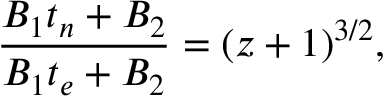
\frac { B _ { 1 } t _ { n } + B _ { 2 } } { B _ { 1 } t _ { e } + B _ { 2 } } = ( z + 1 ) ^ { 3 / 2 } ,